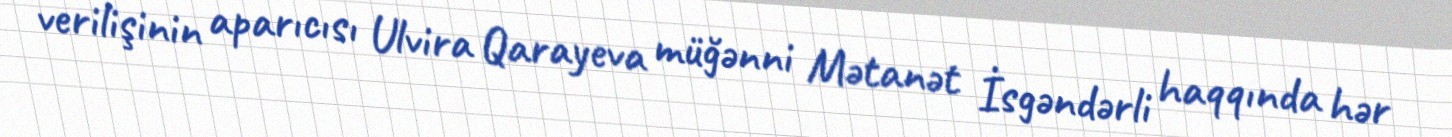
verilişinin aparıcısı Ulvira Qarayeva müğənni Mətanət İsgəndərli haqqında hər